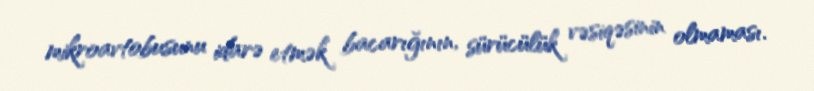
mikroavtobusunu idarə etmək bacarığının, sürücülük vəsiqəsinin olmaması.